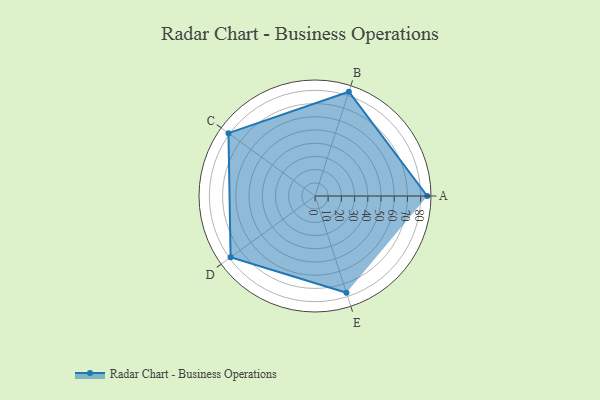
{"axis": {"x": "Skill", "y": "Score"}, "legend": ["Profile"], "data": [{"x": "A", "y": 85.0, "type": "Profile"}, {"x": "B", "y": 83.0, "type": "Profile"}, {"x": "C", "y": 81.0, "type": "Profile"}, {"x": "D", "y": 79.0, "type": "Profile"}, {"x": "E", "y": 77.0, "type": "Profile"}]}